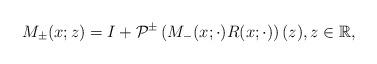
LaTeX: \begin{align*}M_{\pm}(x;z)=I+\mathcal{P}^{\pm}\left(M_{-}(x; \cdot) R(x ;\cdot)\right)(z), z \in \mathbb{R},\end{align*}